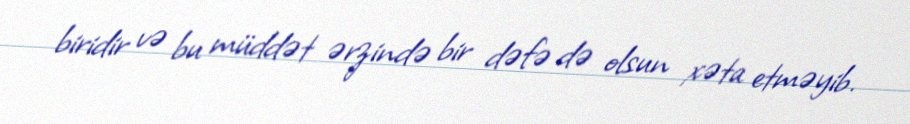
biridir və bu müddət ərzində bir dəfə də olsun xəta etməyib.